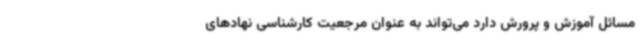
مسائل آموزش و پرورش دارد می‌تواند به عنوان مرجعیت کارشناسی نهادهای